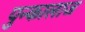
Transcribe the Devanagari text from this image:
पुन्कालाज